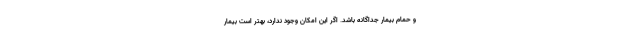
و حمام بیمار جداگانه باشد. اگر این امکان وجود ندارد، بهتر است بیمار